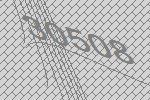
30508